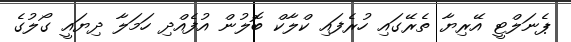
ޕެނަލްޓީ އޭރިޔާ ތެރޭގައި ހުރެފައި ކްލާކް ބޮލުން އުފެއްދި ހަމަލާ ދިޔައީ ގޯލުގެ